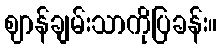
ဈာန်ချမ်းသာကိုပြခန်း။